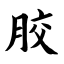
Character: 胶